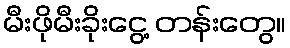
မီးဖိုမီးခိုးငွေ့ တန်းတွေ။